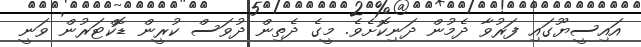
އައިސީޔޫގައި ފަރުވާ ދެމުން ދަނިކޮށެވެ. މީގެ ދެތިން ދުވަސް ކުރީން ޑޮކްޓަރުން ވަނީ